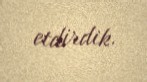
etdirdik.